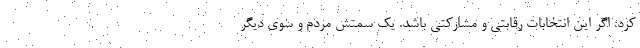
کرد: اگر این انتخابات رقابتی و مشارکتی باشد. یک سمتش مردم و سوی دیگر